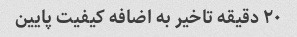
۲۰ دقیقه تاخیر به اضافه کیفیت پایین